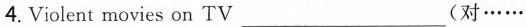
4.Violent movies on TV___ (对……